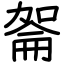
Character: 嗧